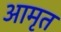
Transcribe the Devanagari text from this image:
आमृत